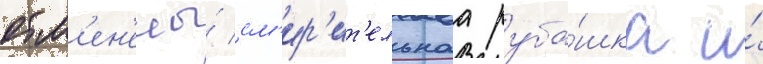
отм'ен'ены́ см'ир'ит'ельнаа руба́шка и́